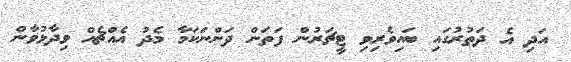
އަދި އެ ދަތުރުގައި ބައިވެރިވި ޓީޗަރުން ފަތަން ދަންނަކަމާ މެދު އެއްޗެއް ވިދާޅުވާން